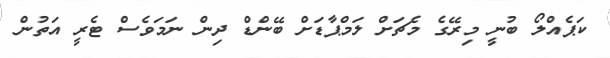
ކަޕެއްލޯ ބުނީ މިރޭގެ މެޗަށް ލަމްޕާޑަށް ބޭންޑް ދިން ނަމަވެސް ޓެރީ އަތުން